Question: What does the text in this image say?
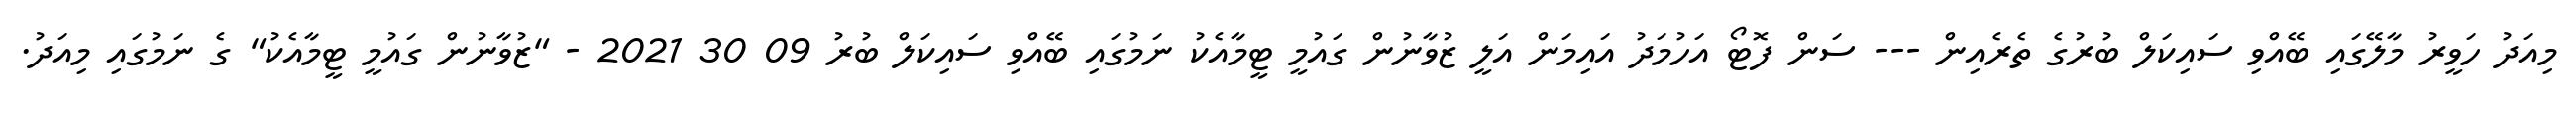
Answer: މިއަދު ހަވީރު މާލޭގައި ބޭއްވި ސައިކަލް ބުރުގެ ތެރެއިން --- ސަން ފޮޓޯ އަހުމަދު އައިމަން އަލީ ޒުވާނުން ގައުމީ ޓީމާއެކު ނަމުގައި ބޭއްވި ސައިކަލް ބުރު 09 30 2021 - "ޒުވާނުން ގައުމީ ޓީމާއެކު" ގެ ނަމުގައި މިއަދު.